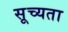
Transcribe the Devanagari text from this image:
सूच्यता